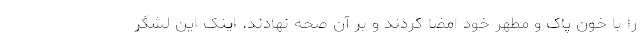
را با خون پاک و مطهر خود امضا کردند و بر آن صحه نهادند. اینک این لشگر